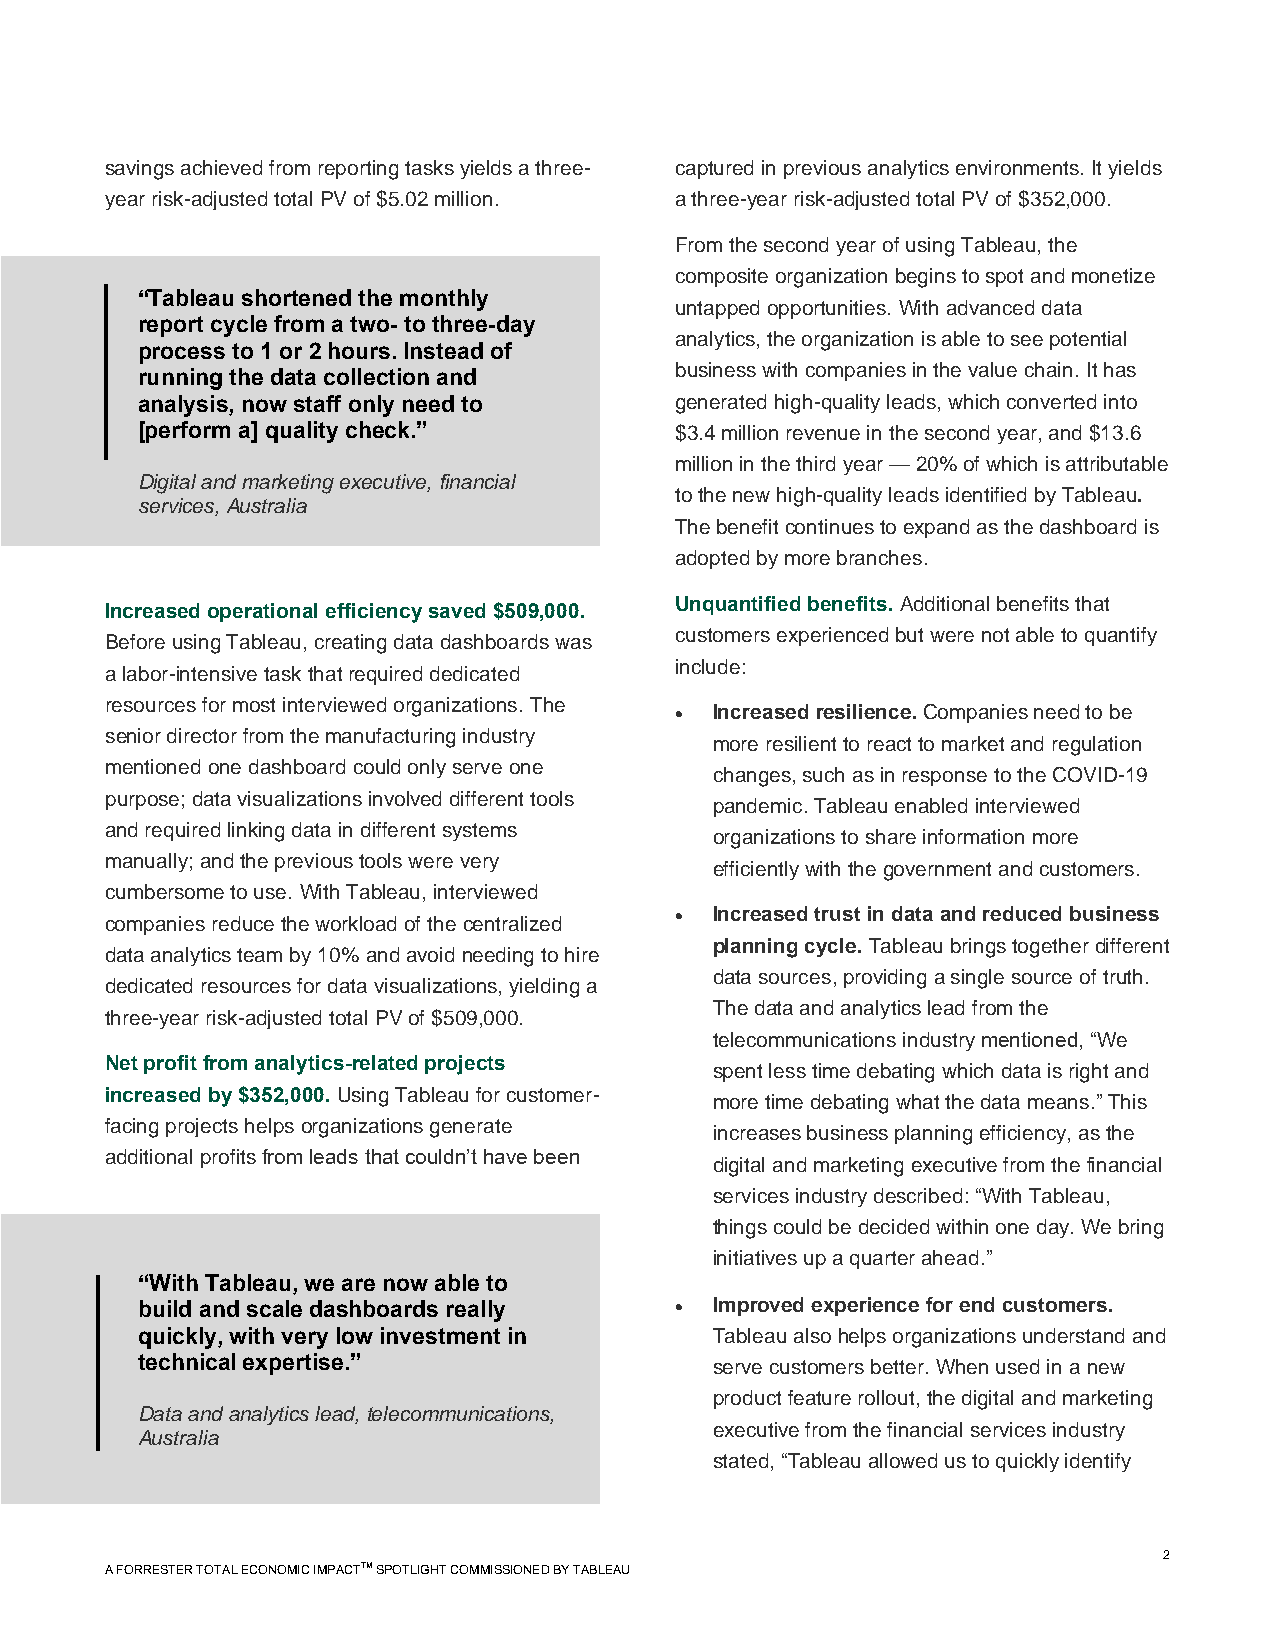
savings achieved from reporting tasks yields a three- captured in previous analytics environments. It yields
 year risk-adjusted total PV of $5.02 million. a three-year risk-adjusted total PV of $352,000.
 From the second year of using Tableau, the
 composite organization begins to spot and monetize
 “Tableau shortened the monthly
 untapped opportunities. With advanced data
 report cycle from a two- to three-day
 analytics, the organization is able to see potential
 process to 1 or 2 hours. Instead of
 running the data collection and     business with companies in the value chain. It has
 analysis, now staff only need to    generated high-quality leads, which converted into
 [perform a] quality check.”         $3.4 million revenue in the second year, and $13.6
 million in the third year — 20% of which is attributable
 Digital and marketing executive, financial
 to the new high-quality leads identified by Tableau.
 services, Australia
 The benefit continues to expand as the dashboard is
 adopted by more branches.
 Unquantified benefits. Additional benefits that
 Increased operational efficiency saved $509,000.
 customers experienced but were not able to quantify
 Before using Tableau, creating data dashboards was
 include:
 a labor-intensive task that required dedicated
 resources for most interviewed organizations. The
 • Increased resilience. Companies need to be
 senior director from the manufacturing industry
 more resilient to react to market and regulation
 mentioned one dashboard could only serve one
 changes, such as in response to the COVID-19
 purpose; data visualizations involved different tools
 pandemic. Tableau enabled interviewed
 and required linking data in different systems
 organizations to share information more
 manually; and the previous tools were very
 efficiently with the government and customers.
 cumbersome to use. With Tableau, interviewed
 companies reduce the workload of the centralized • Increased trust in data and reduced business
 planning cycle. Tableau brings together different
 data analytics team by 10% and avoid needing to hire
 data sources, providing a single source of truth.
 dedicated resources for data visualizations, yielding a
 The data and analytics lead from the
 three-year risk-adjusted total PV of $509,000.
 telecommunications industry mentioned, “We
 Net profit from analytics-related projects
 spent less time debating which data is right and
 increased by $352,000. Using Tableau for customer-
 more time debating what the data means.” This
 facing projects helps organizations generate
 increases business planning efficiency, as the
 additional profits from leads that couldn’t have been
 digital and marketing executive from the financial
 services industry described: “With Tableau,
 things could be decided within one day. We bring
 initiatives up a quarter ahead.”
 “With Tableau, we are now able to
 build and scale dashboards really   • Improved experience for end customers.
 quickly, with very low investment in  Tableau also helps organizations understand and
 technical expertise.”                 serve customers better. When used in a new
 product feature rollout, the digital and marketing
 Data and analytics lead, telecommunications,
 executive from the financial services industry
 Australia
 stated, “Tableau allowed us to quickly identify
 2
 A FORRESTER TOTAL ECONOMIC IMPACTTM SPOTLIGHT COMMISSIONED BY TABLEAU